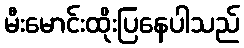
မီးမောင်းထိုးပြနေပါသည်